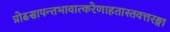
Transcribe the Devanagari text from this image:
प्रोढसापन्तभावात्करेणाहतास्तवत्तरङ्गा